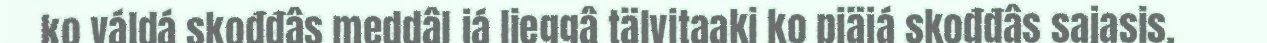
ko váldá skođđâs meddâl já lieggâ tälvitaaki ko piäjá skođđâs sajasis.